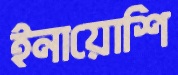
ইনায়োশি